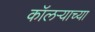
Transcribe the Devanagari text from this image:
कॉलऱ्याच्या